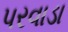
પરવાડા